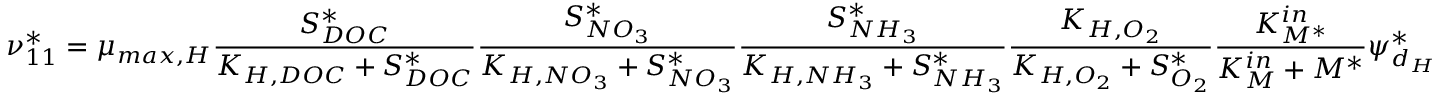
\nu _ { 1 1 } ^ { * } = \mu _ { m a x , H } \frac { S _ { D O C } ^ { * } } { K _ { H , D O C } + S _ { D O C } ^ { * } } \frac { S _ { N O _ { 3 } } ^ { * } } { K _ { H , N O _ { 3 } } + S _ { N O _ { 3 } } ^ { * } } \frac { S _ { N H _ { 3 } } ^ { * } } { K _ { H , N H _ { 3 } } + S _ { N H _ { 3 } } ^ { * } } \frac { K _ { H , O _ { 2 } } } { K _ { H , O _ { 2 } } + S _ { O _ { 2 } } ^ { * } } \frac { K _ { M ^ { * } } ^ { i n } } { K _ { M } ^ { i n } + M ^ { * } } \psi _ { d _ { H } } ^ { * }